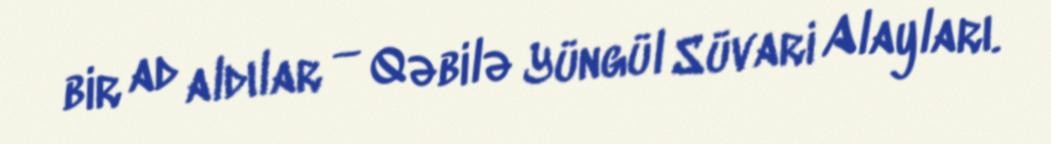
bir ad aldılar — Qəbilə Yüngül Süvari Alayları.